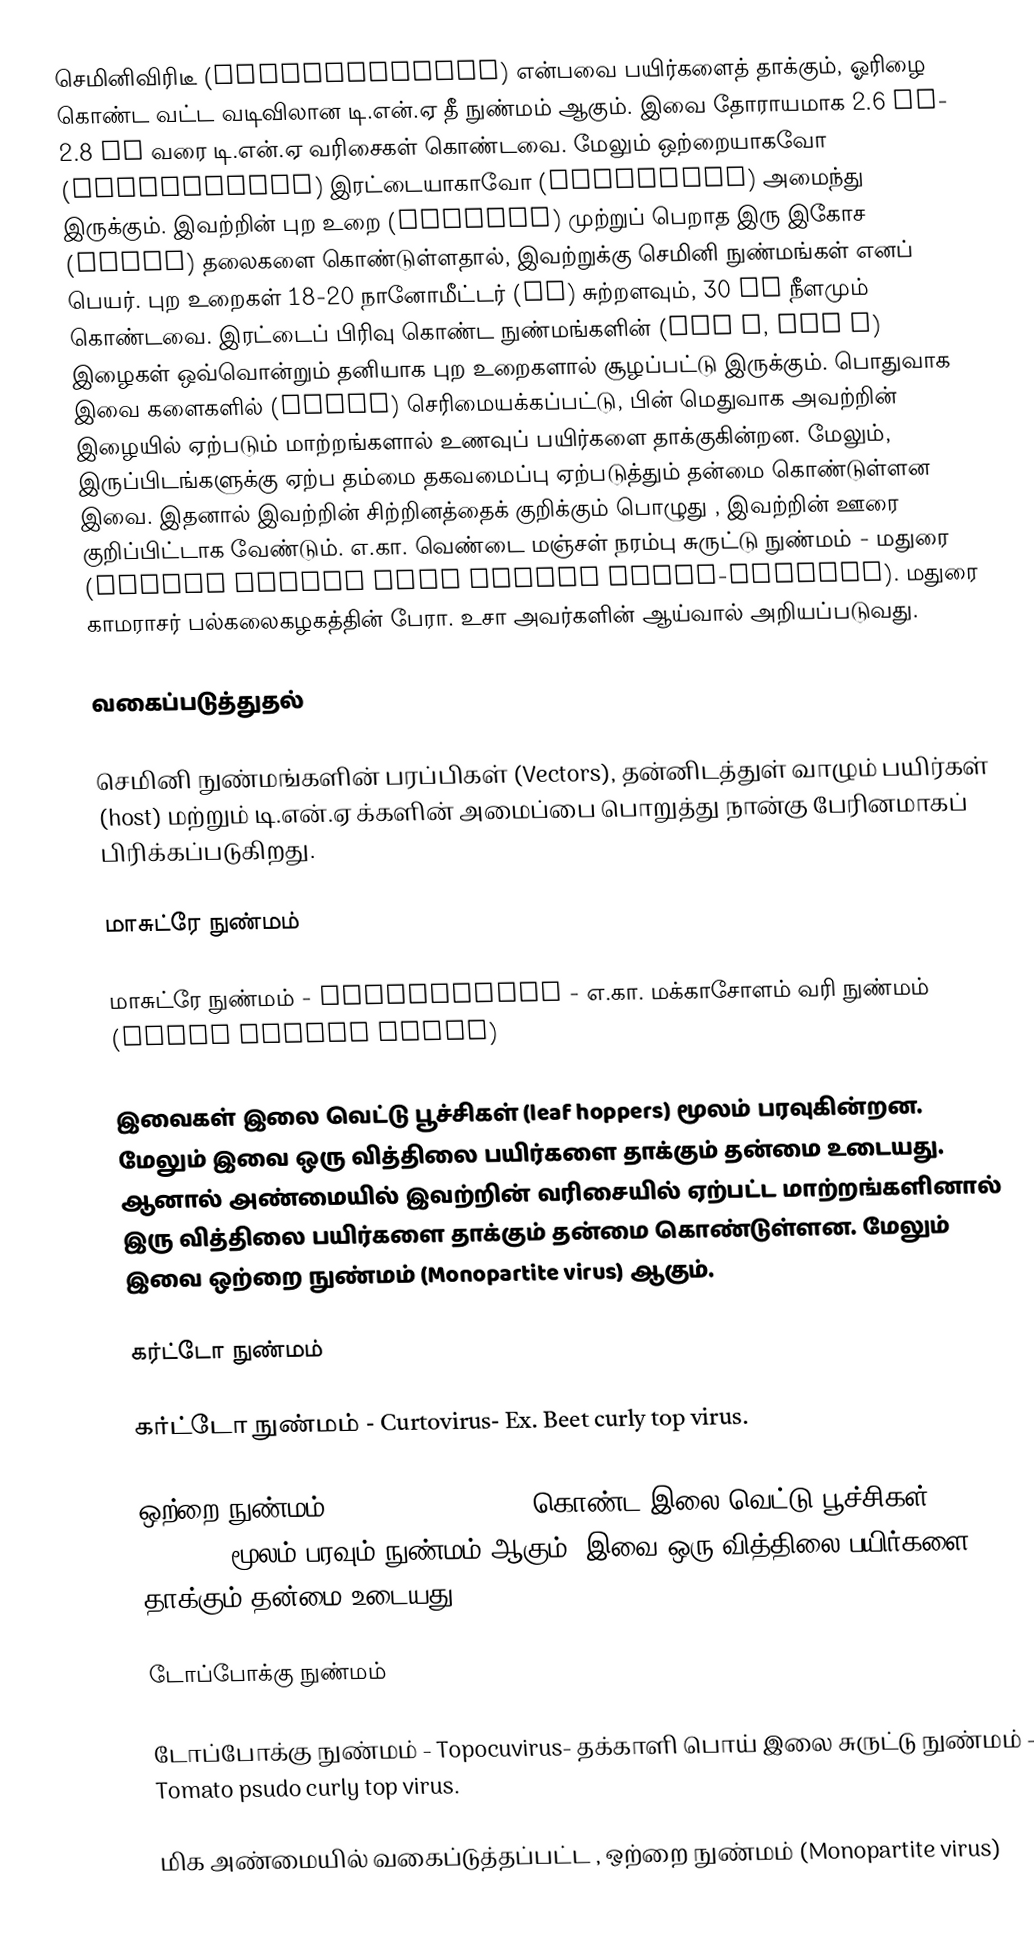
செமினிவிரிடீ (geminiviridae) என்பவை பயிர்களைத் தாக்கும், ஓரிழை கொண்ட  வட்ட வடிவிலான டி.என்.ஏ தீ நுண்மம் ஆகும். இவை தோராயமாக 2.6 kb- 2.8 kp வரை டி.என்.ஏ வரிசைகள் கொண்டவை. மேலும் ஒற்றையாகவோ (monopartite) இரட்டையாகாவோ (bipartite) அமைந்து இருக்கும். இவற்றின் புற உறை (capsids) முற்றுப் பெறாத இரு இகோச (icosa) தலைகளை கொண்டுள்ளதால், இவற்றுக்கு   செமினி நுண்மங்கள் எனப் பெயர். புற உறைகள் 18-20 நானோமீட்டர் (nm) சுற்றளவும், 30 nm நீளமும் கொண்டவை. இரட்டைப் பிரிவு கொண்ட நுண்மங்களின்  (DNA A, DNA B) இழைகள் ஒவ்வொன்றும் தனியாக புற உறைகளால் சூழப்பட்டு இருக்கும். பொதுவாக இவை களைகளில் (weeds) செரிமையக்கப்பட்டு, பின் மெதுவாக அவற்றின் இழையில் ஏற்படும் மாற்றங்களால் உணவுப் பயிர்களை தாக்குகின்றன. மேலும், இருப்பிடங்களுக்கு ஏற்ப தம்மை தகவமைப்பு ஏற்படுத்தும் தன்மை கொண்டுள்ளன இவை. இதனால் இவற்றின் சிற்றினத்தைக் குறிக்கும் பொழுது , இவற்றின் ஊரை குறிப்பிட்டாக வேண்டும். எ.கா. வெண்டை மஞ்சள் நரம்பு சுருட்டு நுண்மம் - மதுரை (Bhendi yellow vein mosaic virus-Madurai). மதுரை காமராசர் பல்கலைகழகத்தின் பேரா. உசா அவர்களின் ஆய்வால் அறியப்படுவது.

வகைப்படுத்துதல்

செமினி நுண்மங்களின் பரப்பிகள் (Vectors), தன்னிடத்துள் வாழும் பயிர்கள் (host)  மற்றும் டி.என்.ஏ க்களின் அமைப்பை பொறுத்து நான்கு பேரினமாகப் பிரிக்கப்படுகிறது.

மாசுட்ரே நுண்மம்

மாசுட்ரே நுண்மம் - Mastrevirus - எ.கா. மக்காசோளம் வரி நுண்மம் (Maize streak virus)

இவைகள் இலை வெட்டு பூச்சிகள் (leaf hoppers) மூலம் பரவுகின்றன. மேலும் இவை ஒரு வித்திலை பயிர்களை தாக்கும் தன்மை உடையது. ஆனால் அண்மையில் இவற்றின் வரிசையில் ஏற்பட்ட மாற்றங்களினால் இரு வித்திலை பயிர்களை தாக்கும் தன்மை கொண்டுள்ளன. மேலும் இவை ஒற்றை நுண்மம் (Monopartite virus)  ஆகும்.

கர்ட்டோ நுண்மம்

கர்ட்டோ நுண்மம் - Curtovirus- Ex. Beet curly top virus.

ஒற்றை நுண்மம் (Monopartite virus)  கொண்ட  இலை வெட்டு பூச்சிகள்  (leaf hoppers) மூலம் பரவும் நுண்மம் ஆகும். இவை ஒரு வித்திலை பயிர்களை தாக்கும் தன்மை உடையது.

டோப்போக்கு நுண்மம்

டோப்போக்கு நுண்மம் - Topocuvirus-  தக்காளி பொய் இலை சுருட்டு நுண்மம் - Tomato psudo curly top virus.

மிக அண்மையில் வகைப்டுத்தப்பட்ட ,  ஒற்றை நுண்மம் (Monopartite virus)